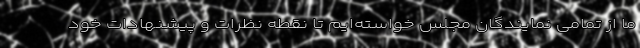
ما از تمامی نمایندگان مجلس خواسته‌ایم تا نقطه نظرات و پیشنهادات خود